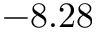
- 8 . 2 8